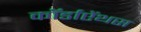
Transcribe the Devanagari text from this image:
कॉर्डाऐंथस